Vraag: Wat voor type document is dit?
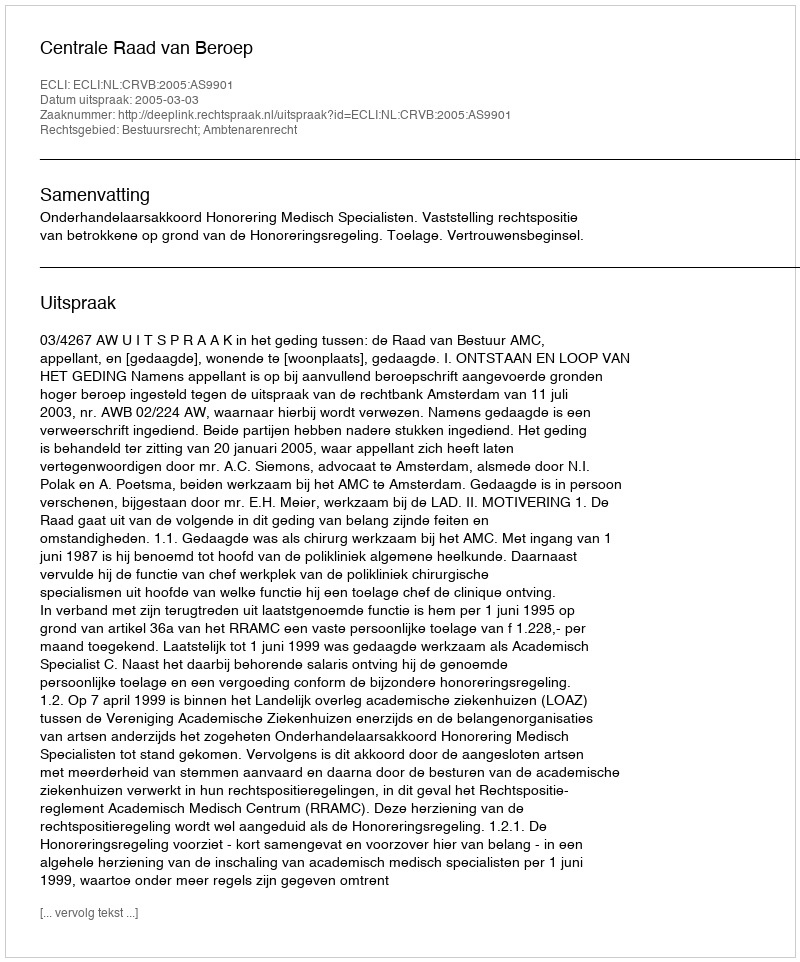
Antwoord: Uitspraak